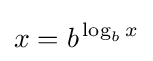
x=b^{\,\log _{b}x}